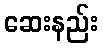
ဆေးနည်း